Civil Veterinary Dept. Bombay admin report 1893-99 - 1893-1899
Year: 1893
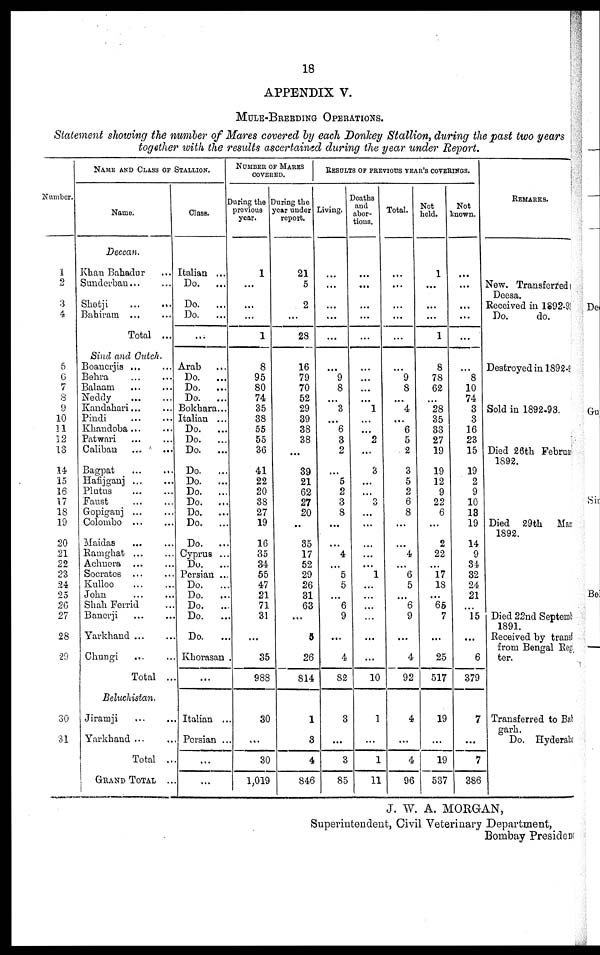
18
APPENDIX V.
MULE-BREEDING OPERATIONS.
Statement showing the number of Mares covered by each Donkey Stallion, during the past two years
together with the results ascertained during the year under Report.
Number.
1
2
3
4
5
6
7
8
9
10
11
12
13
14
15
16
17
18
19
20
21
22
23
24
25
20
27
28
29
30
31
NAME AND CLASS OF STALLION.
Name.
Deccan.
Khan Bahadur ...
Sunderban... ...
Shetji
...
...
Bahiram ... ...
Total ...
Sind and Cutch.
Boancrjis ... ...
Behra ... ...
Balaam ... ...
Neddy
...
...
Kandahari... ...
Pindi
...
...
Khandoba ... ...
Patwari ... ...
Caliban
...
...
Bagpat
...
...
Hafijganj ... ...
Plutus
...
...
Faust
...
...
Gopiganj ... ...
Colombo ... ...
Maidas ... ...
Ramghat ... ...
Achnera ... ...
Socrates ... ...
Kulloo
...
...
John ... ...
Shah Ferrid ...
Banerji ... ...
Yarkhaud ... ...
Chuugi ... ...
Total ..
Beluchistan.
Jiramji ... ...
Yarkhand ... ...
Total ..
GRAND TOTAL ..
Class.
Italian ...
Do.
...
Do. ...
Do.
...
...
Arab ...
Do.
...
Do.
...
Do.
...
Bokhara...
Italian ...
Do.
...
Do.
...
Do.
...
Do.
...
Do.
...
Do.
...
Do.
...
Do.
...
Do.
...
Do.
...
Cyprus ...
Do.
...
Persian ...
Do.
...
Do.
..
Do.
..
Do.
..
Do.
..
Khorasan
...
Italian ..
Persian ..
...
...
NUMBER OF MARES
COVERED.
During the
previous
year.
1
...
...
...
1
8
95
80
74
35
38
55
55
36
41
22
20
38
27
19
16
35
34
55
47
21
71
31
...
35
988
30
...
30
1,019
During the
year under
report.
21
5
2
...
28
16
79
70
52
29
39
38
38
...
39
21
62
27
20
...
35
17
52
29
26
31
63
...
5
26
814
1
3
4
846
RESULTS OF PREVIOUS YEAR'S COVERINGS.
Living.
...
...
...
...
...
...
9
8
...
3
...
6
3
2
...
5
2
3
8
...
...
4
...
5
5
...
6
9
...
4
82
3
...
3
85
Deaths
and
abor-
tions.
...
...
...
...
...
...
...
...
...
1
...
2
...
3
...
...
3
...
...
...
...
...
1
...
...
...
...
...
...
10
1
...
1
11
Total.
...
...
...
...
...
...
9
8
...
4
...
6
5
2
3
5
2
6
8
...
...
4
...
6
5
...
6
9
...
4
92
4
...
4
96
Not
held.
1
...
...
...
1
8
78
62
...
28
35
33
27
19
19
12
9
22
6
...
2
22
...
17
18
...
65
7
...
25
517
19
...
19
537
Not
known.
...
...
...
...
...
...
8
10
74
3
3
16
23
15
19
2
9
10
13
19
14
9
34
32
24
21
...
15
...
6
379
7
...
7
386
REMARKS.
New. Transferred
Deesa.
Received in 1892-93
Do.
do.
Destroyed in 1892-93
Sold in 1892-93.
Died 26th February
1892.
Died 29th Man
1892.
Died 22nd September
1891.
Received by transf
from Bengal Reg
ter.
Transferred to Bat
garh.
Do. Hyderaba
J. W. A. MORGAN,
Superintendent, Civil Veterinary Department,
Bombay Presidency.